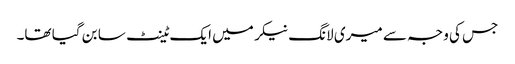
جس کی وجہ سے میری لانگ نیکر میں ایک ٹینٹ سا بن گیا تھا۔